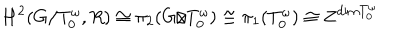
H ^ { 2 } ( G / T _ { 0 } ^ { \omega } , R ) \cong \pi _ { 2 } ( G / T _ { 0 } ^ { \omega } ) \cong \pi _ { 1 } ( T _ { 0 } ^ { \omega } ) \cong { \bf Z } ^ { \mathrm { d i m } T _ { 0 } ^ { \omega } }